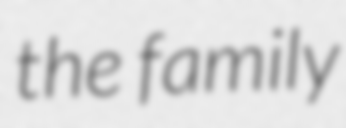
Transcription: the family